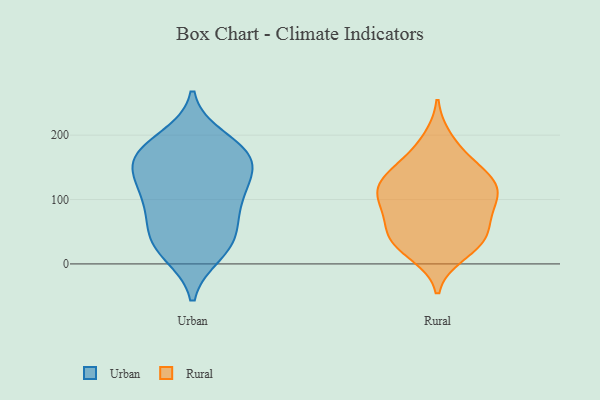
{"axis": {"x": "Inventory Turnover", "y": "Value"}, "legend": ["Rural", "Urban"], "data": [{"x": "", "y": 17, "type": "Urban"}, {"x": "", "y": 134, "type": "Urban"}, {"x": "", "y": 105, "type": "Urban"}, {"x": "", "y": 194, "type": "Urban"}, {"x": "", "y": 165, "type": "Urban"}, {"x": "", "y": 33, "type": "Urban"}, {"x": "", "y": 110, "type": "Urban"}, {"x": "", "y": 70, "type": "Urban"}, {"x": "", "y": 171, "type": "Urban"}, {"x": "", "y": 165, "type": "Urban"}, {"x": "", "y": 173, "type": "Urban"}, {"x": "", "y": 28, "type": "Urban"}, {"x": "", "y": 96, "type": "Urban"}, {"x": "", "y": 47, "type": "Urban"}, {"x": "", "y": 150, "type": "Urban"}, {"x": "", "y": 16, "type": "Rural"}, {"x": "", "y": 129, "type": "Rural"}, {"x": "", "y": 134, "type": "Rural"}, {"x": "", "y": 79, "type": "Rural"}, {"x": "", "y": 127, "type": "Rural"}, {"x": "", "y": 37, "type": "Rural"}, {"x": "", "y": 108, "type": "Rural"}, {"x": "", "y": 193, "type": "Rural"}, {"x": "", "y": 91, "type": "Rural"}, {"x": "", "y": 47, "type": "Rural"}, {"x": "", "y": 104, "type": "Rural"}, {"x": "", "y": 107, "type": "Rural"}, {"x": "", "y": 30, "type": "Rural"}, {"x": "", "y": 61, "type": "Rural"}, {"x": "", "y": 144, "type": "Rural"}, {"x": "", "y": 166, "type": "Rural"}, {"x": "", "y": 38, "type": "Rural"}]}